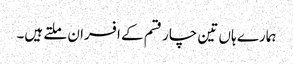
ہمارے ہاں تین چار قسم کے افسران ملتے ہیں۔